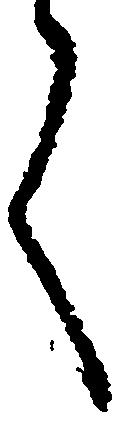
言